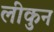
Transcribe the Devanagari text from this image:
लीकुन